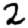
Digit: 2